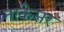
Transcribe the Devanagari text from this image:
नाकेसर